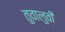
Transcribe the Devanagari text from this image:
तुवालुवी